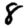
Digit: 8